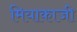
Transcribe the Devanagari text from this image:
मियाकाजी